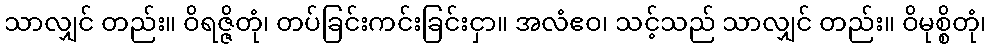
သာလျှင် တည်း။ ဝိရဇ္ဇိတုံ၊ တပ်ခြင်းကင်းခြင်းငှာ။ အလံဧဝ၊ သင့်သည် သာလျှင် တည်း။ ဝိမုစ္စိတုံ၊